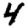
Digit: 4